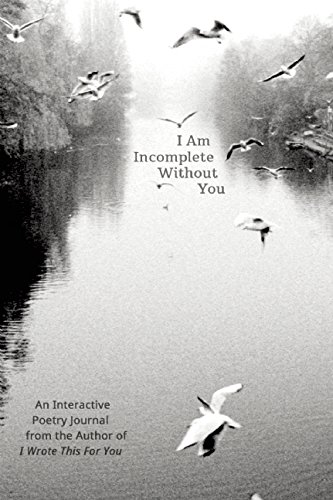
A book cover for I Am Incomplete Without You: An Interactive Poetry Journal from the Author of I Wrote This For You; Iain Sinclair Thomas; Self-Help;